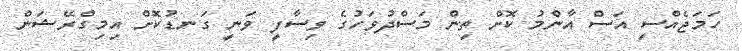
ހަމަޖެއްސި އަސް އާންމު ކޮށް ތިން މަސްދުވަހުގެ ވިސާފީ ވަނީ ގަނޑުކޮށް އިމިގްރޭޝަން